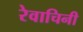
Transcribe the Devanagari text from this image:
रेवाचिनी